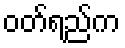
ဝတ်ရည်က